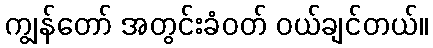
ကျွန်တော် အတွင်းခံဝတ် ဝယ်ချင်တယ်။